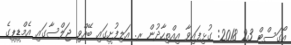
އޯގަސްޓް 23 2018: ގުޅިފައިވާ އިއްތިހާދުން ރ. އަލިފުށީގައި ބޭއްވި ޖަލްސާގައި އެމްޑީޕީގެ